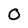
Character: 0